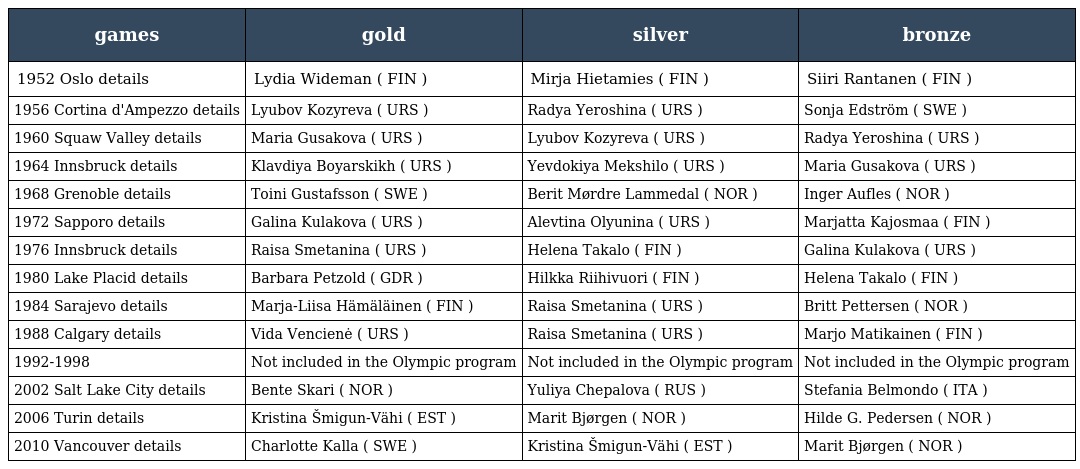
| games | gold | silver | bronze |
 | --- | --- | --- | --- |
 | 1952 Oslo details | Lydia Wideman ( FIN ) | Mirja Hietamies ( FIN ) | Siiri Rantanen ( FIN ) |
 | 1956 Cortina d'Ampezzo details | Lyubov Kozyreva ( URS ) | Radya Yeroshina ( URS ) | Sonja Edström ( SWE ) |
 | 1960 Squaw Valley details | Maria Gusakova ( URS ) | Lyubov Kozyreva ( URS ) | Radya Yeroshina ( URS ) |
 | 1964 Innsbruck details | Klavdiya Boyarskikh ( URS ) | Yevdokiya Mekshilo ( URS ) | Maria Gusakova ( URS ) |
 | 1968 Grenoble details | Toini Gustafsson ( SWE ) | Berit Mørdre Lammedal ( NOR ) | Inger Aufles ( NOR ) |
 | 1972 Sapporo details | Galina Kulakova ( URS ) | Alevtina Olyunina ( URS ) | Marjatta Kajosmaa ( FIN ) |
 | 1976 Innsbruck details | Raisa Smetanina ( URS ) | Helena Takalo ( FIN ) | Galina Kulakova ( URS ) |
 | 1980 Lake Placid details | Barbara Petzold ( GDR ) | Hilkka Riihivuori ( FIN ) | Helena Takalo ( FIN ) |
 | 1984 Sarajevo details | Marja-Liisa Hämäläinen ( FIN ) | Raisa Smetanina ( URS ) | Britt Pettersen ( NOR ) |
 | 1988 Calgary details | Vida Vencienė ( URS ) | Raisa Smetanina ( URS ) | Marjo Matikainen ( FIN ) |
 | 1992-1998 | Not included in the Olympic program | Not included in the Olympic program | Not included in the Olympic program |
 | 2002 Salt Lake City details | Bente Skari ( NOR ) | Yuliya Chepalova ( RUS ) | Stefania Belmondo ( ITA ) |
 | 2006 Turin details | Kristina Šmigun-Vähi ( EST ) | Marit Bjørgen ( NOR ) | Hilde G. Pedersen ( NOR ) |
 | 2010 Vancouver details | Charlotte Kalla ( SWE ) | Kristina Šmigun-Vähi ( EST ) | Marit Bjørgen ( NOR ) |